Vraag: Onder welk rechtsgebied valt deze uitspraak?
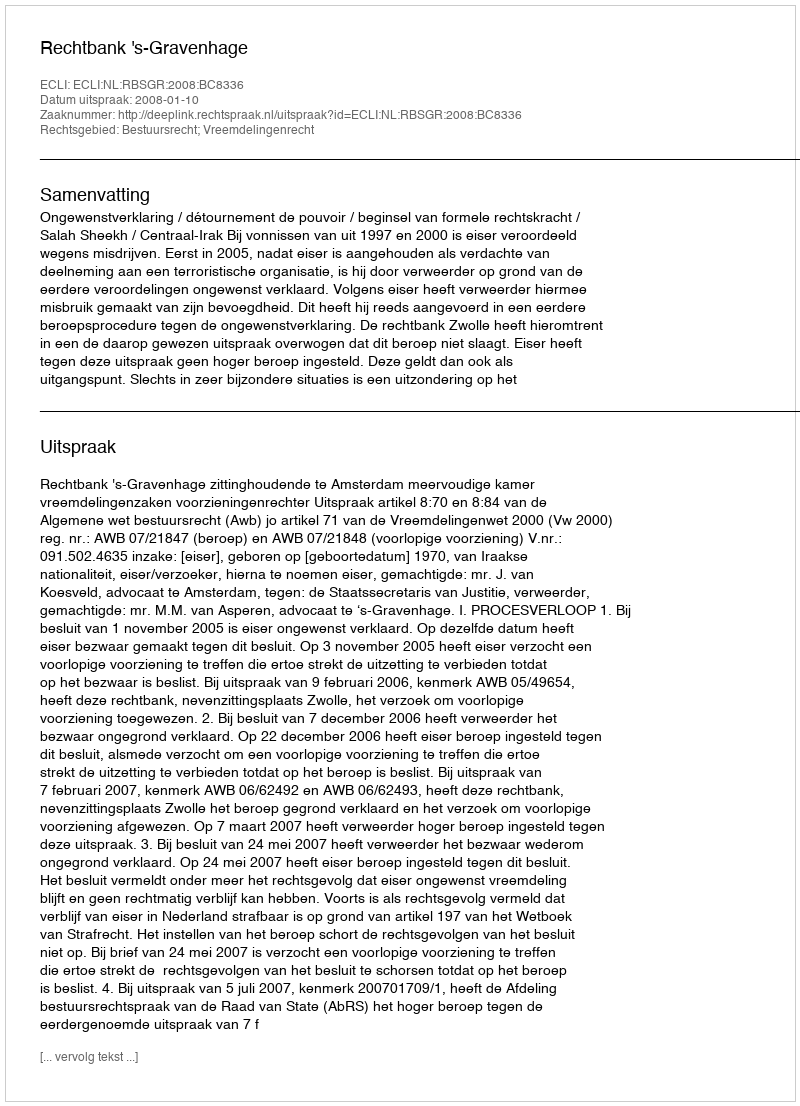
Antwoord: Bestuursrecht; Vreemdelingenrecht